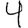
Digit: 4